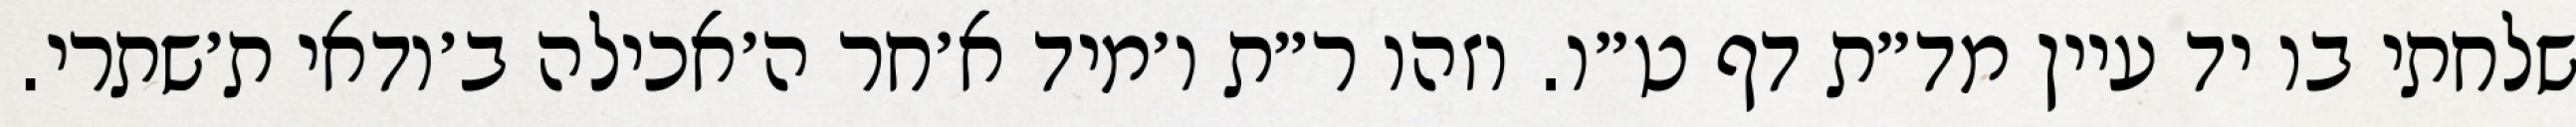
שלחתי בו יד עיין מד״ת דף ט״ו. וזהו ר״ת ו׳מיד א׳חר ה׳אכילה ב׳ודאי ת׳שתרי.